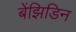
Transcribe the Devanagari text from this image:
बेंझिडिन